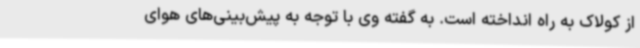
از کولاک به راه انداخته است. به گفته وی با توجه به پیش‌بینی‌های هوای